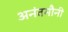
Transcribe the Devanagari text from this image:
अनंतमौनी